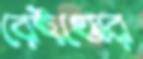
রেইঞ্জের